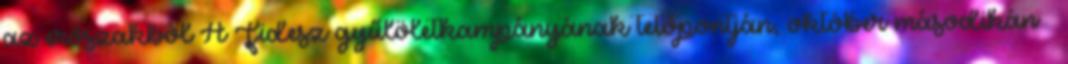
az erőszakból A Fidesz gyűlöletkampányának tetőpontján, október másodikán –